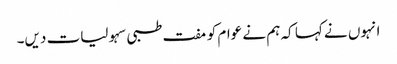
انہوں نے کہا کہ ہم نے عوام کو مفت طبی سہولیات دیں۔